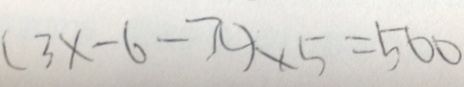
( 3 x - 6 - \pi ) \times 5 = 5 0 0